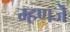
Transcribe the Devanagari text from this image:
म्हणजॆ